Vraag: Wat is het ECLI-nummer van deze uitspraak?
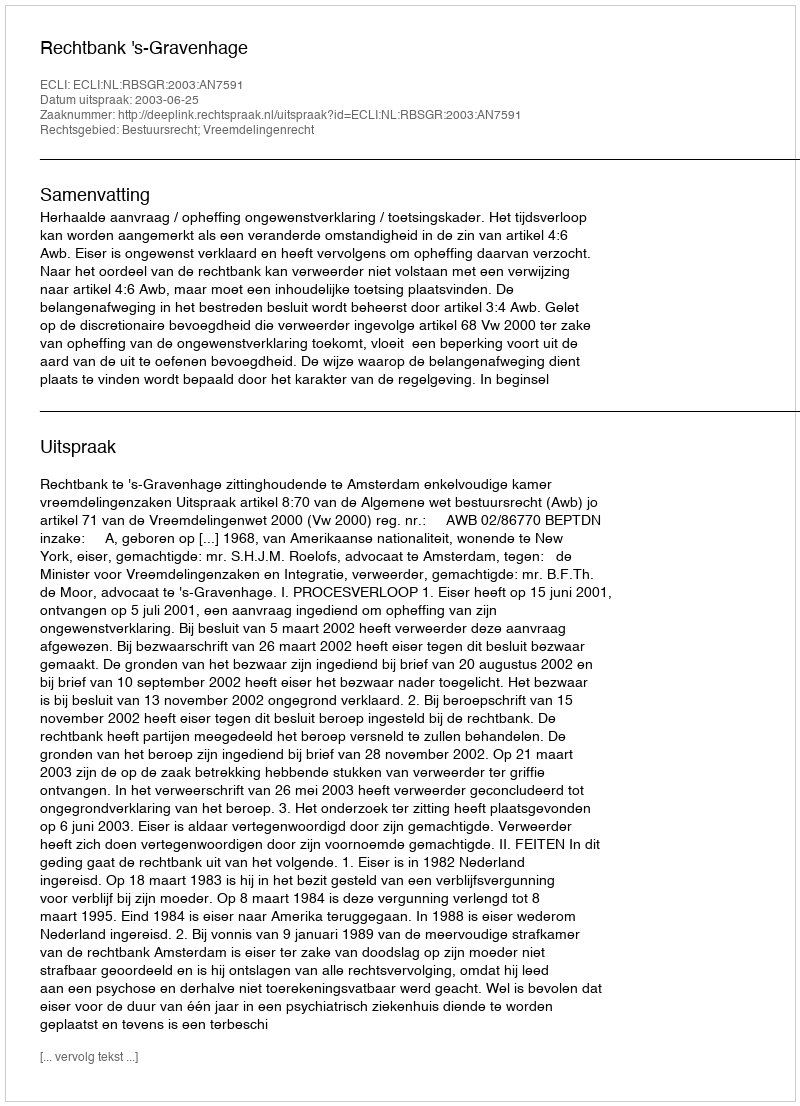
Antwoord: ECLI:NL:RBSGR:2003:AN7591